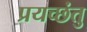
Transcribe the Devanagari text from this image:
प्रयच्छंतु